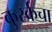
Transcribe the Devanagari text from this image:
कुर्स्कचा